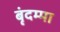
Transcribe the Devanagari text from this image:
बृंदम्मा